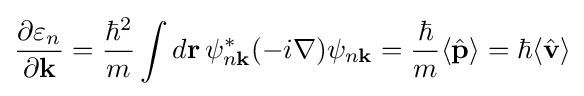
{\frac {\partial \varepsilon _{n}}{\partial \mathbf {k} }}={\frac {\hbar ^{2}}{m}}\int d\mathbf {r} \,\psi _{n\mathbf {k} }^{*}(-i\nabla )\psi _{n\mathbf {k} }={\frac {\hbar }{m}}\langle {\hat {\mathbf {p} }}\rangle =\hbar \langle {\hat {\mathbf {v} }}\rangle